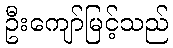
ဦးကျော်မြင့်သည်